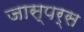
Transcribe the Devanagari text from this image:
जास्पर्स